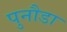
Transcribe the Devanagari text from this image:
पुनौडा